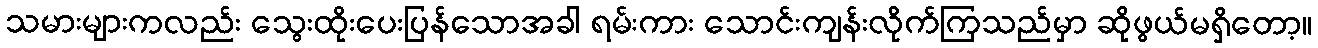
သမားများကလည်း သွေးထိုးပေးပြန်သောအခါ ရမ်းကား သောင်းကျန်းလိုက်ကြသည်မှာ ဆိုဖွယ်မရှိတော့။